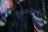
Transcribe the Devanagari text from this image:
१००२०१०